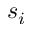
s _ { i }